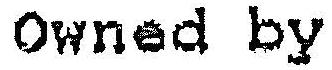
OWNED BY